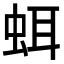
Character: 𧊗